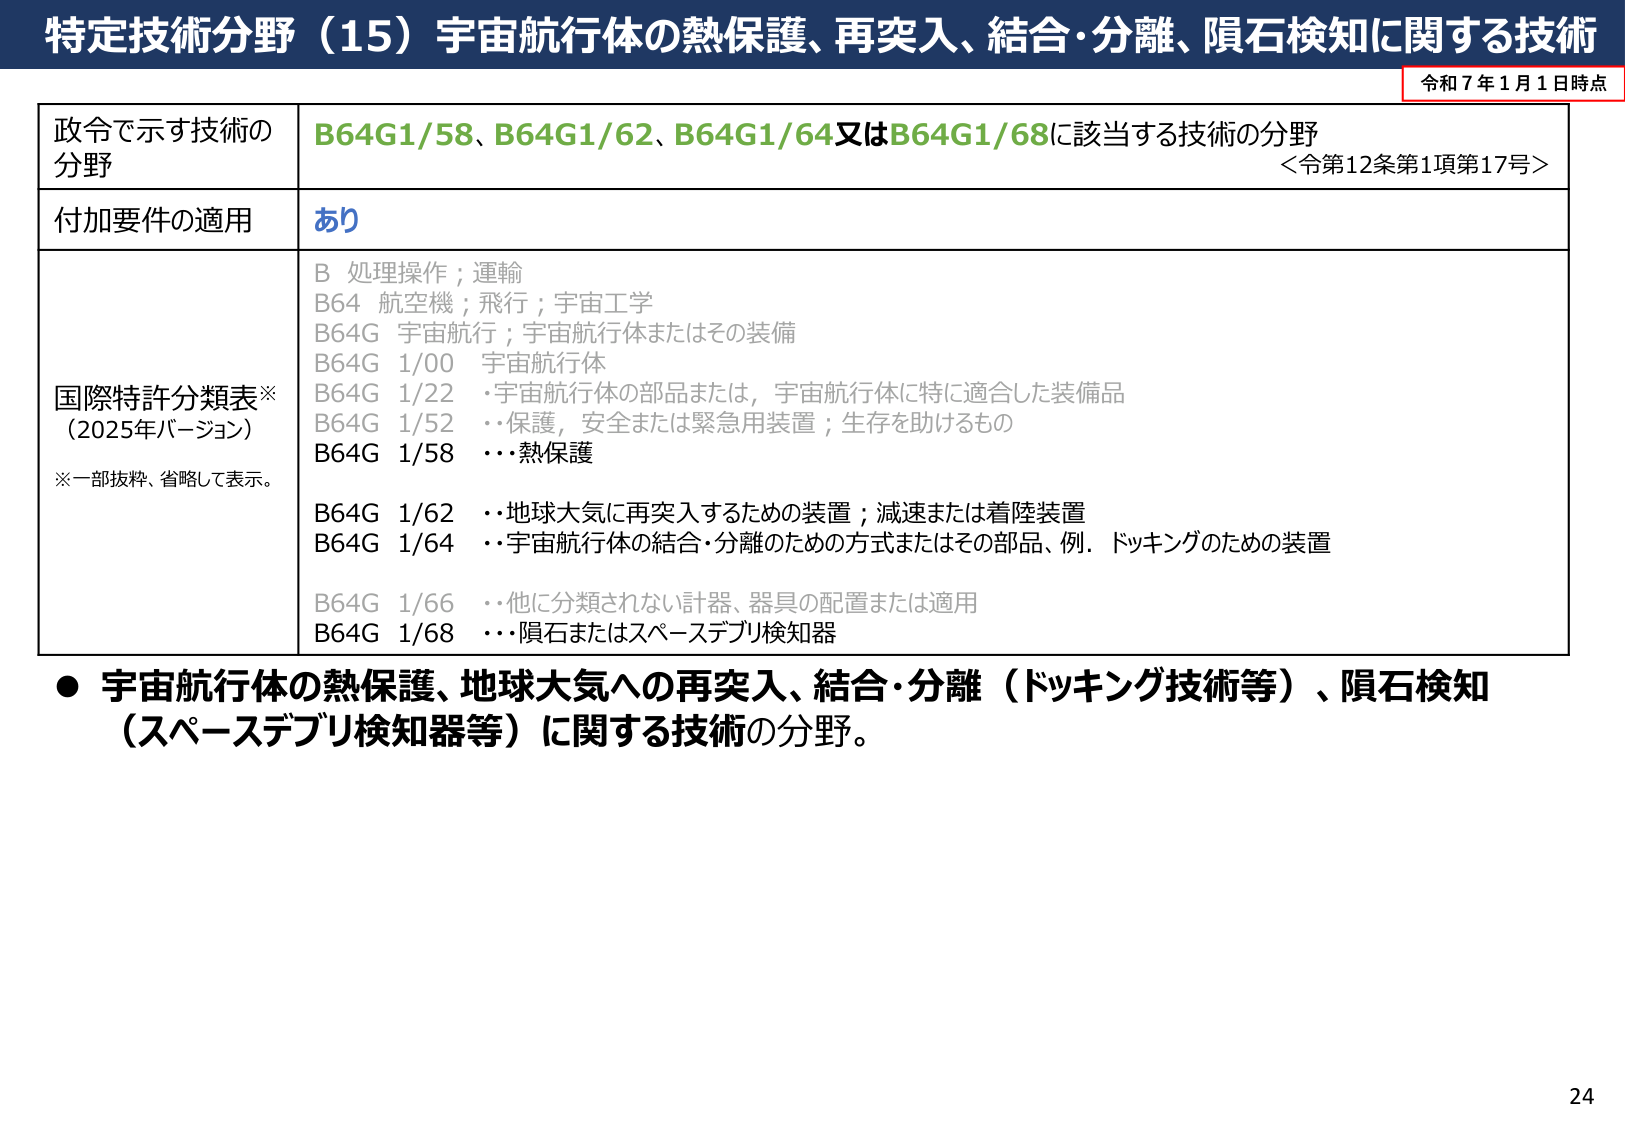
特定技術分野（15）宇宙航行体の熱保護、再突入、結合・分離、隕石検知に関する技術
令和7年1月1日時点

政令で示す技術の
分野
B64G1/58、B64G1/62、B64G1/64又はB64G1/68に該当する技術の分野
＜令第12条第1項第17号＞

付加要件の適用
あり

国際特許分類表※
（2025年バージョン）
※一部抜粋、省略して表示。
B 処理操作；運輸
B64 航空機；飛行；宇宙工学
B64G 宇宙航行；宇宙航行体またはその装備
B64G 1/00 宇宙航行体
B64G 1/22 ・宇宙航行体の部品または，宇宙航行体に特に適合した装備品
B64G 1/52 ・・保護，安全または緊急用装置；生存を助けるもの
B64G 1/58 ・・・熱保護
B64G 1/62 ・・地球大気に再突入するための装置；減速または着陸装置
B64G 1/64 ・・宇宙航行体の結合・分離のための方式またはその部品、例．ドッキングのための装置
B64G 1/66 ・・他に分類されない計器、器具の配置または適用
B64G 1/68 ・・隕石またはスペースデブリ検知器

● 宇宙航行体の熱保護、地球大気への再突入、結合・分離（ドッキング技術等）、隕石検知（スペースデブリ検知器等）に関する技術の分野。

24